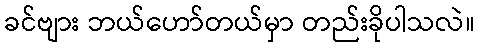
ခင်ဗျား ဘယ်ဟော်တယ်မှာ တည်းခိုပါသလဲ။